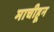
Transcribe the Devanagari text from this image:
माचीहून